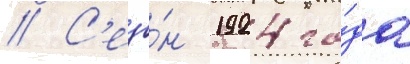
// С'езо́н 1924 го́да